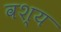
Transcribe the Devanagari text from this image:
वश्य